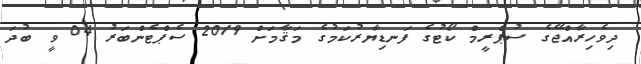
ދިވެހިރާއްޖޭގެ ސުޕްރީމް ކޯޓުގެ ފަނޑިޔާރުކަމުގެ މަޤާމަށް 2019 ސެޕްޓެންބަރު 04 ވީ ބުދަ